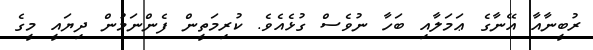
ރުބީނާއާ އޭނާގެ ޢަމަލާއި ބަހާ ނުވެސް ގުޅެއެވެ. ކުރިމަތީން ފެންނަމުން ދިޔައީ މީގެ